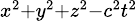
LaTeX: \scriptstyle{x^{2}+y^{2}+z^{2}-c^{2}t^{2}}